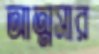
আত্মসার